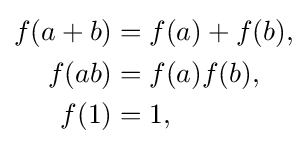
{\begin{aligned}f(a+b)&=f(a)+f(b),\\f(ab)&=f(a)f(b),\\f(1)&=1,\end{aligned}}